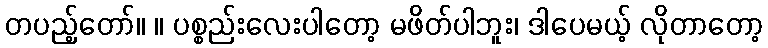
တပည့်တော်။ ။ ပစ္စည်းလေးပါတော့ မဖိတ်ပါဘူး၊ ဒါပေမယ့် လိုတာတော့